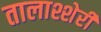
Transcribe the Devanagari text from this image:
तालाश्शेरी